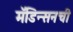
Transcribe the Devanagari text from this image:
मॅडिन्सनची